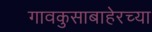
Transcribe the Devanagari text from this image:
गावकुसाबाहेरच्या